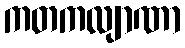
ကတကလျာဏာ